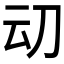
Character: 𰄠